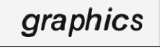
graphics